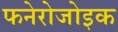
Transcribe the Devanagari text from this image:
फनेरोजोइक